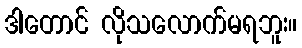
ဒါတောင် လိုသလောက်မရဘူး။